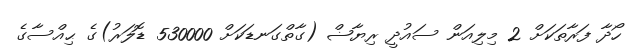
ހޯދާ ފަރާތަކަށް 2 މިލިއަން ސައުދީ ރިޔާޟް (ގާތްގަނޑަކަށް 530000 ޑޮލަރު)ގެ ޙިއްސާގެ